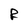
Character: R